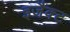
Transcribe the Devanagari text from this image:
इजैक्ट